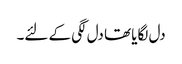
دل لگایا تھا دل لگی کے لئے۔